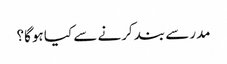
مدرسے بند کرنے سے کیا ہوگا؟